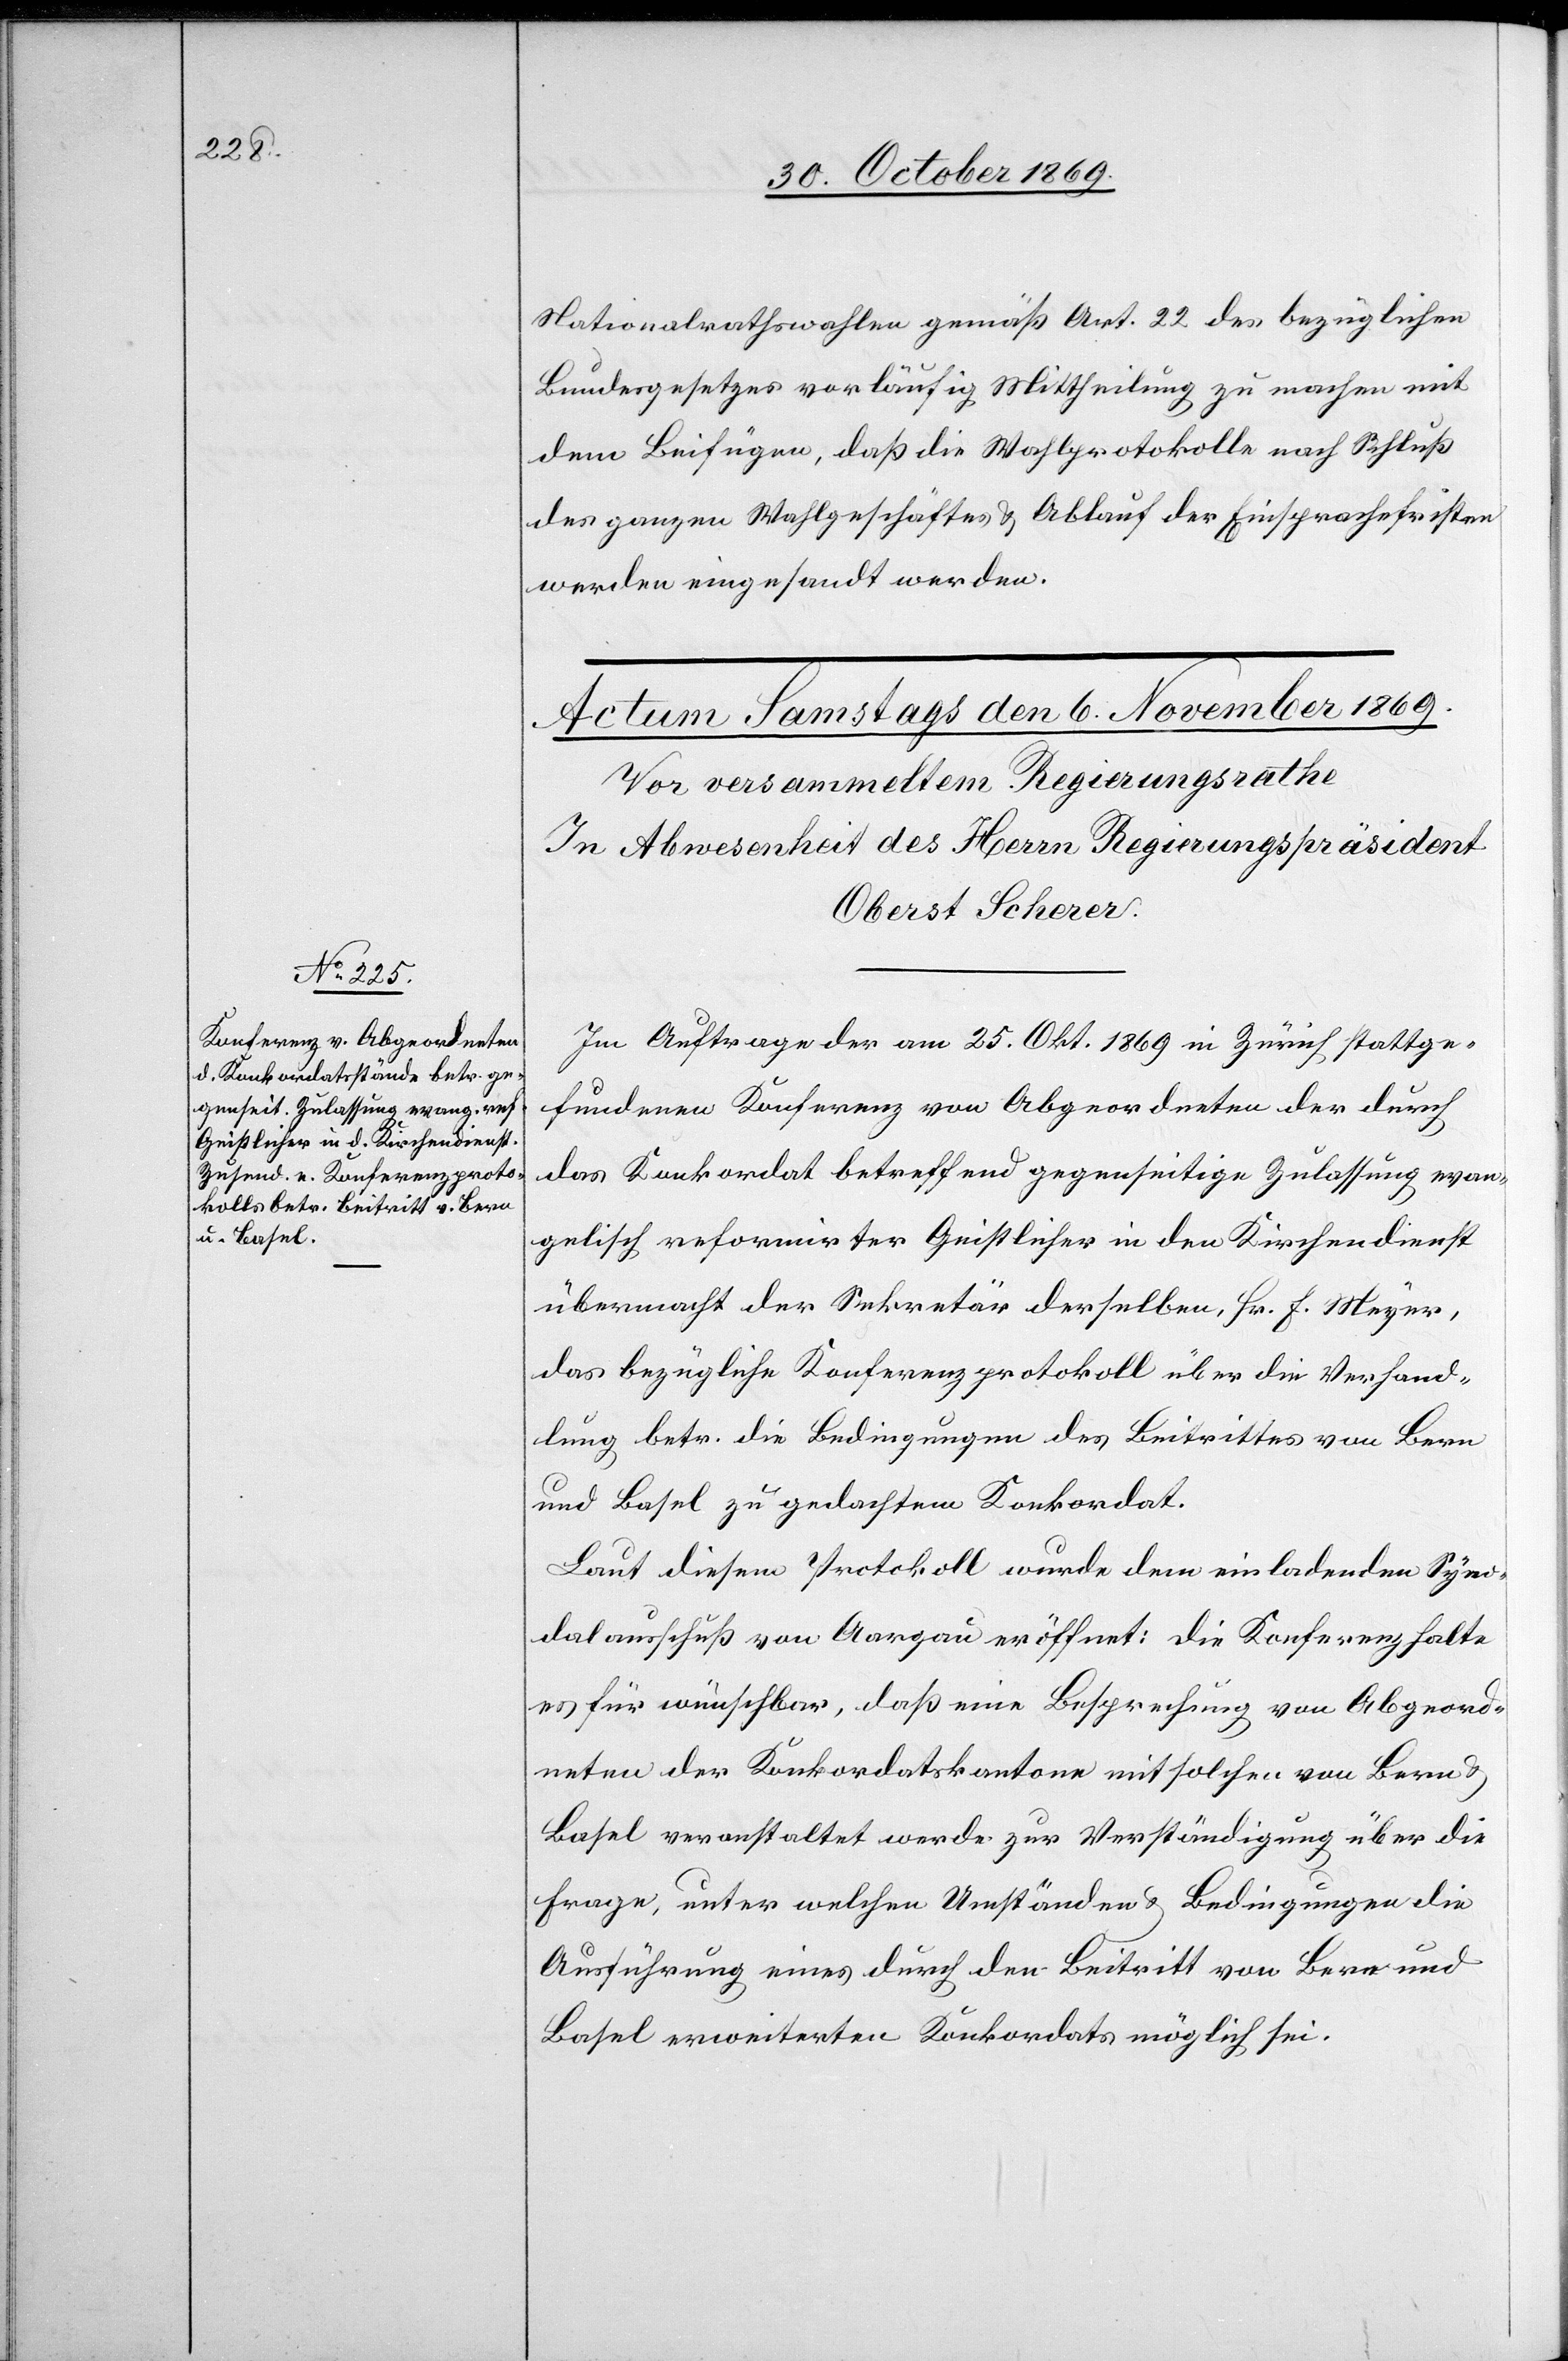
Nationalrathswahlen gemäß Art. 22 des bezüglichen
Bundesgesetzes vorläufig Mittheilung zu machen mit
dem Beifügen, daß die Wahlprotokolle nach Schluß
des ganzen Wahlgeschäftes & Ablauf der Einsprachefristen
werden eingesandt werden.
Im Auftrage der am 25. Okt. 1869 in Zürich stattge¬
fundenen Konferenz von Abgeordneten der durch
das Konkordat betreffend gegenseitige Zulassung evan¬
gelisch reformirter Geistlicher in den Kirchendienst
übermacht der Sekretär derselben, Hr. F. Meyer,
das bezügliche Konferenzprotokoll über die Verhand¬
lung betr. die Bedingungen des Beitrittes von Bern
und Basel zu gedachtem Konkordat.
Laut diesem Protokoll wurde dem einladenden Syno¬
dalausschuß von Aargau eröffnet: die Konferenz halte
es für wünschbar, daß eine Besprechung von Abgeord¬
neten der Konkordatskantone mit solchen von Bern &
Basel veranstaltet werde zur Verständigung über die
Frage, unter welchen Umständen & Bedingungen die
Ausführung eines durch den Beitritt von Bern und
Basel erweiterten Konkordats möglich sei.